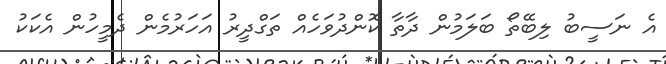
އެ ނަސީބު ލިބޭތޯ ބަލަމުން ދާތާ ކޮންދުވަހެއް ތަގްދީރު އަހަރުމެން ދެމީހުން އެކަކު